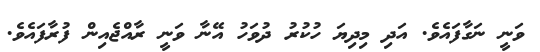
ވަނީ ނަގާފައެވެ. އަދި މިދިޔަ ހުކުރު ދުވަހު އޭނާ ވަނީ ރާއްޖެއިން ފުރާފައެވެ.